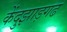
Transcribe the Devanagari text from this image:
केंदुझाड़गढ